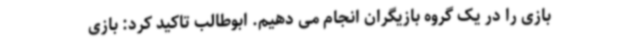
بازی را در یک گروه بازیگران انجام می دهیم. ابوطالب تاکید کرد: بازی